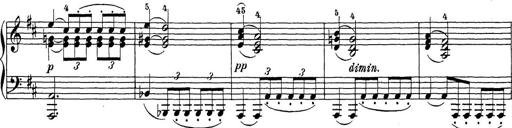
Title: Sonatina Album
Composer: Louis KÃ¶hler